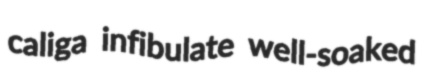
caliga infibulate well-soaked